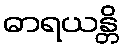
ဓာရယန္တိ